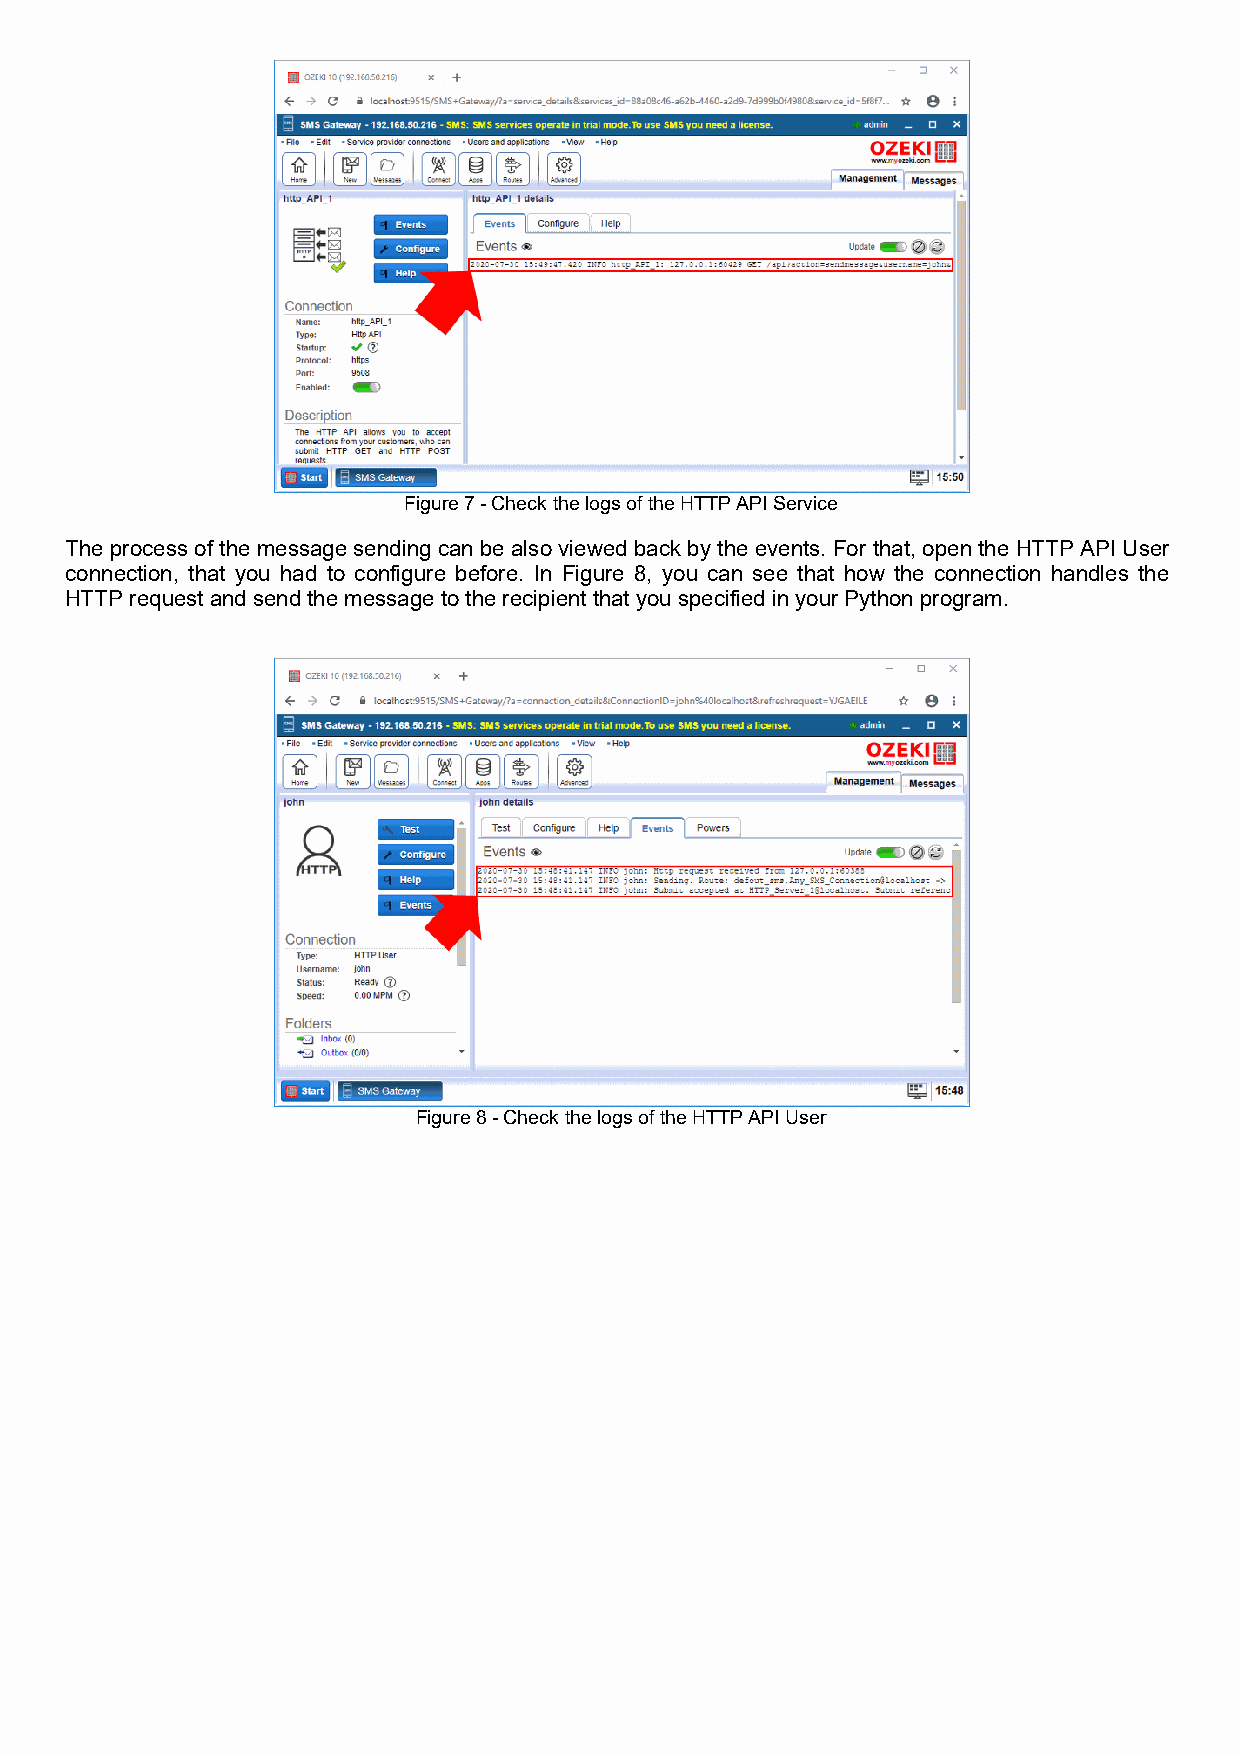
Figure 7 - Check the logs of the HTTP API Service
 The process of the message sending can be also viewed back by the events. For that, open the HTTP API User
 connection, that you had to configure before. In Figure 8, you can see that how the connection handles the
 HTTP request and send the message to the recipient that you specified in your Python program.
 Figure 8 - Check the logs of the HTTP API User